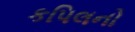
કપિલનો